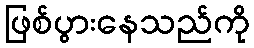
ဖြစ်ပွားနေသည်ကို